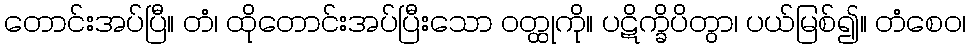
တောင်းအပ်ပြီ။ တံ၊ ထိုတောင်းအပ်ပြီးသော ဝတ္ထုကို။ ပဋိက္ခိပိတွာ၊ ပယ်မြစ်၍။ တံစေဝ၊